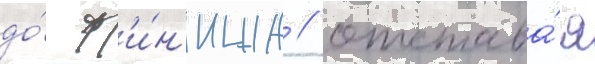
до́ ф'и́н'иша / отстава́я